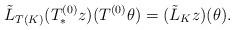
LaTeX: \begin{align*}\tilde{L}_{T(K)}(T^{(0)}_* z)(T^{(0)} \theta) = (\tilde{L}_K z)(\theta) .\end{align*}